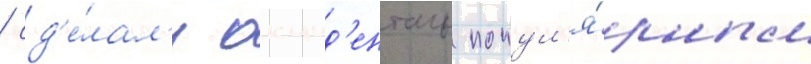
/ сд'е́лал'и окцид'енталь попул'я́рным